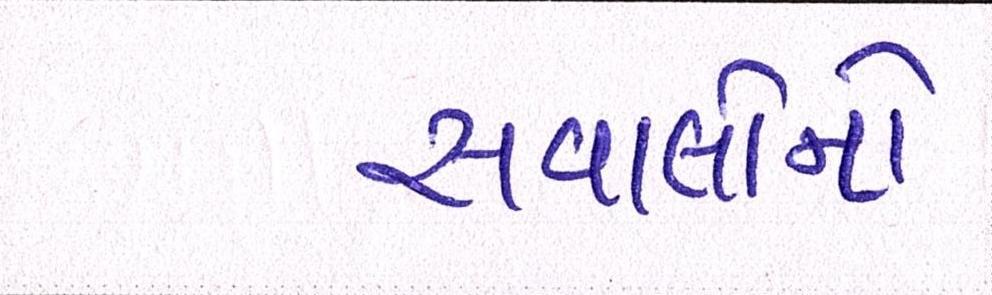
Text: સવાલોનો